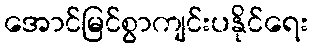
အောင်မြင်စွာကျင်းပနိုင်ရေး